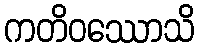
ကတိဝဿောသိ